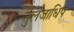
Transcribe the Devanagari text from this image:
तुलजाधिप